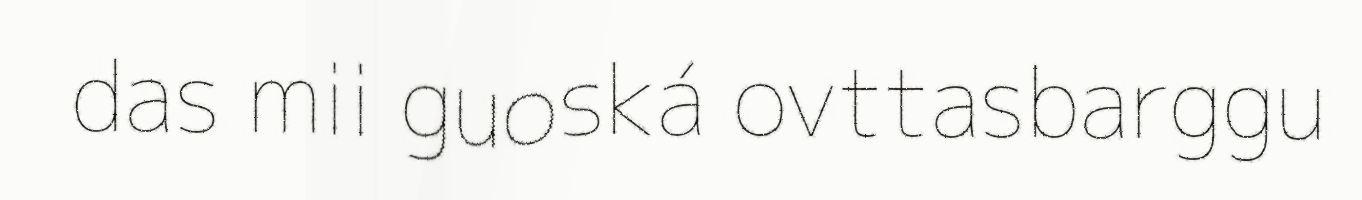
das mii guoská ovttasbarggu